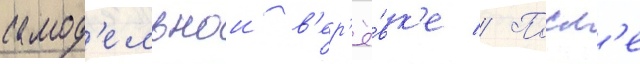
самод'ельнои в'ер'ё́вк'е // Посл'е